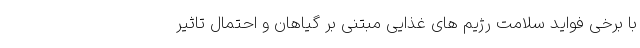
با برخی فواید سلامت رژیم های غذایی مبتنی بر گیاهان و احتمال تاثیر